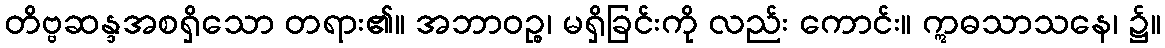
တိဗ္ဗဆန္ဒအစရှိသော တရား၏။ အဘာဝဉ္စ၊ မရှိခြင်းကို လည်း ကောင်း။ ဣဓသာသနေ၊ ၌။